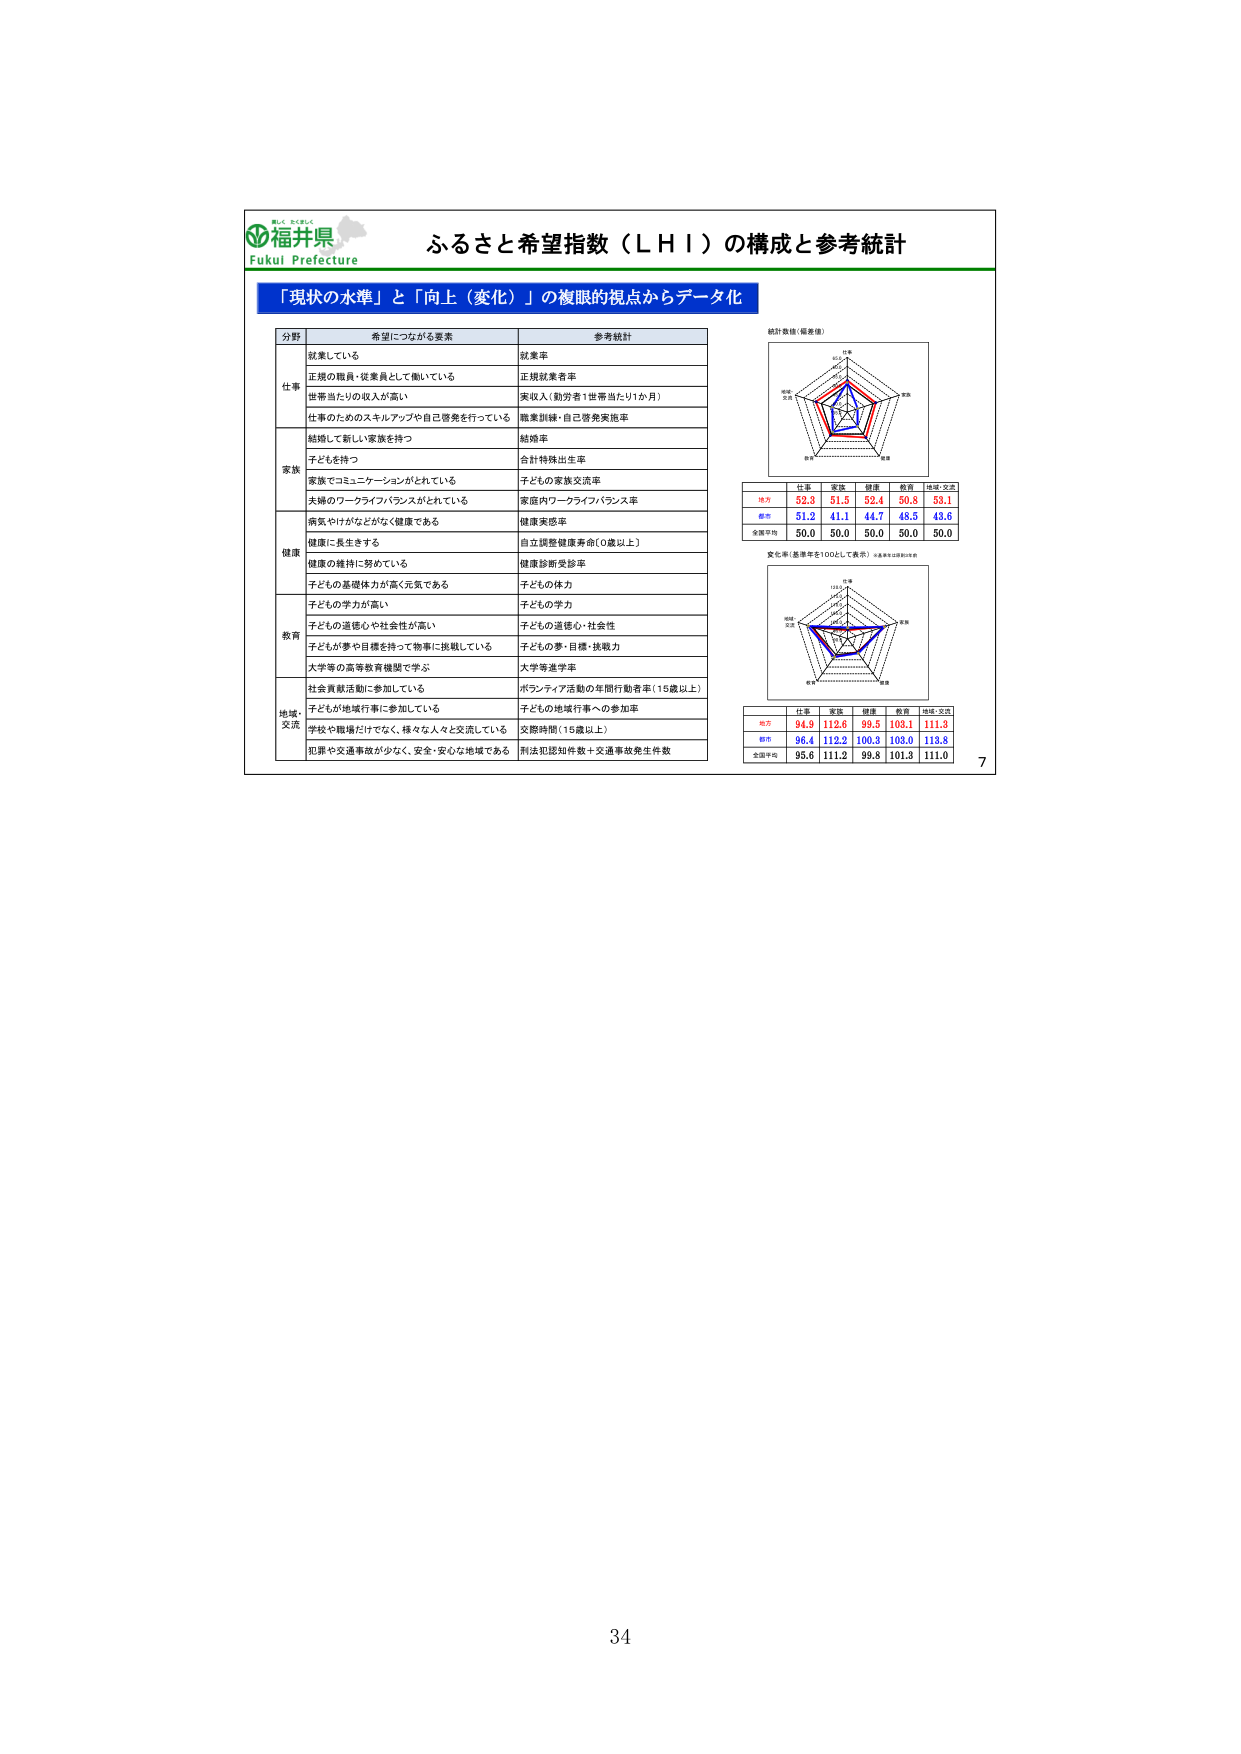
福井県
Fukui Prefecture

ふるさと希望指数（LHI）の構成と参考統計

「現状の水準」と「向上（変化）」の複眼的視点からデータ化

分野　希望につながる要素　参考統計

仕事
就業している　就業率
正規の職員・従業員として働いている　正規就業者率
世帯当たりの収入が高い　実収入（勤労者1世帯当たり1か月）
仕事のためのスキルアップや自己啓発を行っている　職業訓練・自己啓発実施率

家族
結婚して新しい家族を持つ　結婚率
子どもを持つ　合計特殊出生率
家族でコミュニケーションがとれている　子どもの家族交流率
夫婦のワークライフバランスがとれている　家庭内ワークライフバランス率

健康
病気やけがなどがなく健康である　健康実感率
健康に長生きする　自立調整健康寿命（0歳以上）
健康の維持に努めている　健康診断受診率
子どもの基礎体力が高く元気である　子どもの体力
子どもの学力が高い　子どもの学力

教育
子どもの道徳心や社会性が高い　子どもの道徳心・社会性
子どもが夢や目標を持って物事に挑戦している　子どもの夢・目標・挑戦力
大学等の高等教育機関で学ぶ　大学等進学率

地域・交流
社会貢献活動に参加している　ボランティア活動の年間行動者率（15歳以上）
子どもが地域行事に参加している　子どもの地域行事への参加率
学校や職場だけでなく、様々な人々と交流している　交際時間（15歳以上）
犯罪や交通事故が少なく、安全・安心な地域である　刑法犯認知件数＋交通事故発生件数

統計数値（基準値）
（図：五角形のレーダーチャート、軸ラベル：仕事、家族、健康、教育、地域・交流）

地方　仕事　家族　健康　教育　地域・交流
52.8　51.5　52.4　50.8　53.1
都市　51.2　41.1　44.7　48.5　43.6
全国平均　50.0　50.0　50.0　50.0　50.0

安心率（基準年を100として表示）　※基準年は2010年

（図：五角形のレーダーチャート、軸ラベル：仕事、家族、健康、教育、地域・交流）

地方　仕事　家族　健康　教育　地域・交流
94.9　112.6　99.5　103.1　111.3
都市　96.4　112.2　100.3　103.0　113.8
全国平均　95.6　111.2　99.8　101.3　111.0

7

34